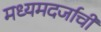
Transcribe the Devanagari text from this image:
मध्यमदर्जाची